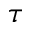
\tau